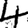
Digit: 4